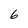
Character: 6